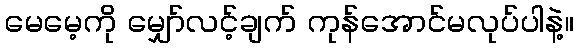
မေမေ့ကို မျှော်လင့်ချက် ကုန်အောင်မလုပ်ပါနဲ့။